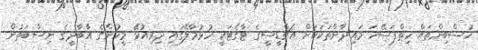
ހުސްބިންތައް ހިތްފަސޭހަ މައިދާންތަކަކަށް އެޗްޑީސީގެ ޓާގެޓަކީ ހުޅުމާލޭގައި ދިރިއުޅޭ މީހުންގެ އާބާދީގެ ނިސްބަތުން